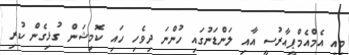
މިއީ އެމްއެމްޕީއާރުސީ އާއި ލަންޑަނުގައި ހުންނަ ދިވެހި ހައި ކޮމިޝަން ގުޅިގެން ކުރި